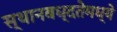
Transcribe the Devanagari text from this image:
स्थानबध्दतेमध्ये